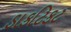
ડાકટિકટ